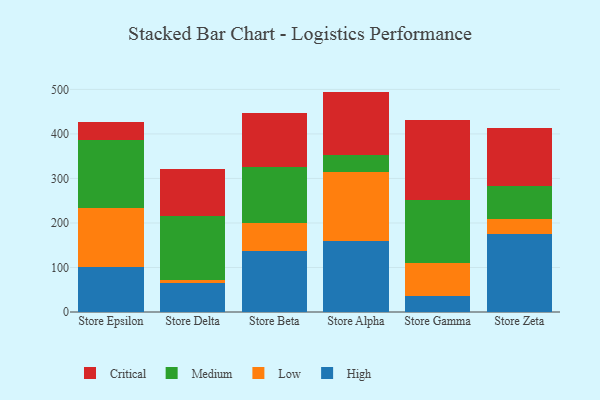
{"axis": {"x": "Store", "y": "Budget (USD K)"}, "legend": ["Critical", "High", "Low", "Medium"], "data": [{"x": "Store Epsilon", "y": 100.8, "type": "High"}, {"x": "Store Epsilon", "y": 133.0, "type": "Low"}, {"x": "Store Epsilon", "y": 153.0, "type": "Medium"}, {"x": "Store Epsilon", "y": 40.4, "type": "Critical"}, {"x": "Store Delta", "y": 64.5, "type": "High"}, {"x": "Store Delta", "y": 6.7, "type": "Low"}, {"x": "Store Delta", "y": 144.5, "type": "Medium"}, {"x": "Store Delta", "y": 104.5, "type": "Critical"}, {"x": "Store Beta", "y": 136.4, "type": "High"}, {"x": "Store Beta", "y": 63.1, "type": "Low"}, {"x": "Store Beta", "y": 125.6, "type": "Medium"}, {"x": "Store Beta", "y": 121.9, "type": "Critical"}, {"x": "Store Alpha", "y": 160.4, "type": "High"}, {"x": "Store Alpha", "y": 155.1, "type": "Low"}, {"x": "Store Alpha", "y": 36.5, "type": "Medium"}, {"x": "Store Alpha", "y": 143.1, "type": "Critical"}, {"x": "Store Gamma", "y": 35.1, "type": "High"}, {"x": "Store Gamma", "y": 75.5, "type": "Low"}, {"x": "Store Gamma", "y": 140.8, "type": "Medium"}, {"x": "Store Gamma", "y": 178.8, "type": "Critical"}, {"x": "Store Zeta", "y": 176.1, "type": "High"}, {"x": "Store Zeta", "y": 33.1, "type": "Low"}, {"x": "Store Zeta", "y": 73.8, "type": "Medium"}, {"x": "Store Zeta", "y": 130.7, "type": "Critical"}]}